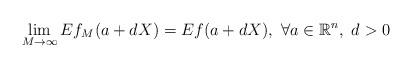
LaTeX: \begin{align*} \lim_{M\to\infty} Ef_M(a+dX)= Ef(a+dX),\ \forall a\in\mathbb{R}^n,\ d>0\end{align*}